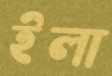
ইলা